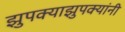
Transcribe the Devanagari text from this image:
झुपक्याझुपक्यांनी